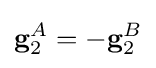
\mathbf {g} _{2}^{A}=-\mathbf {g} _{2}^{B}